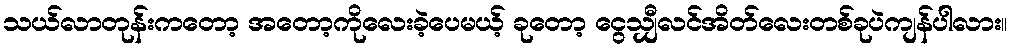
သယ်လာတုန်းကတော့ အတော့ကိုလေးခဲ့ပေမယ့် ခုတော့ ငွေသျှီလင်အိတ်လေးတစ်ခုပဲကျန်ပါလား။